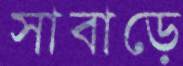
সাবাড়ে